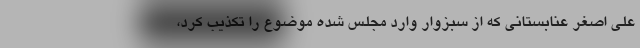
علی اصغر عنابستانی که از سبزوار وارد مجلس شده موضوع را تکذیب کرد،